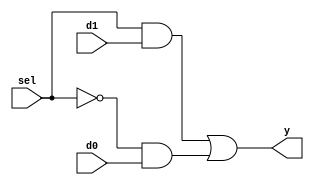
module b2_mux_2_1_comb_incorrect
(
    input  [1:0] d0,
    input  [1:0] d1,
    input        sel,
    output [1:0] y
);

    assign y = (sel & d1) | ((~sel) & d0);
endmodule